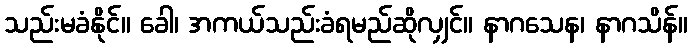
သည်းမခံနိုင်။ ခေါ၊ အကယ်သည်းခံရမည်ဆိုလျှင်။ နာဂသေန၊ နာဂသိန်။